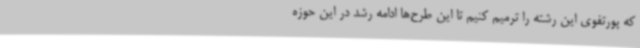
که پورتفوی این رشته را ترمیم کنیم تا این طرح‌ها ادامه رشد در این حوزه